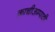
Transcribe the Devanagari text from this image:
काचीअम्पाठी